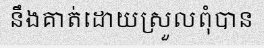
នឹងគាត់ដោយស្រួលពុំបាន